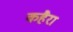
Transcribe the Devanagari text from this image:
कहैरा